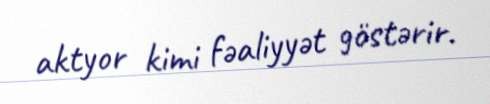
aktyor kimi fəaliyyət göstərir.